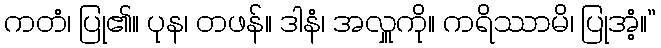
ကတံ၊ ပြု၏။ ပုန၊ တဖန်။ ဒါနံ၊ အလှူကို။ ကရိဿာမိ၊ ပြုအံ့။”